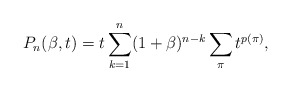
\begin{gather*}P_n(\beta,t)= t \sum_{k=1}^{n} (1+\beta)^{n-k} \sum_{\pi} t^{p(\pi)},\end{gather*}